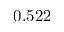
0 . 5 2 2